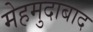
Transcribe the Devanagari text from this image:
मेहमुदाबाद